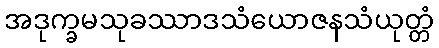
အဒုက္ခမသုခဿာဒသံယောဇနသံယုတ္တံ